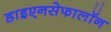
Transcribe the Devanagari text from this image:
डाइएनसेफालॉन